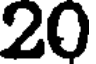
20